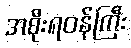
အစိုးရဝန်ကြီး